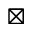
\boxtimes